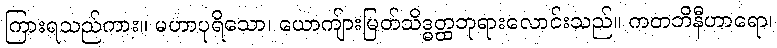
ကြားရသည်ကား။ မဟာပုရိသော၊ ယောကျ်ားမြတ်သိဒ္ဓတ္ထဘုရားလောင်းသည်။ ကတဘိနီဟာရော၊